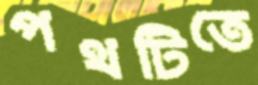
পথটিতে